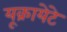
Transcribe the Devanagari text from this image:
यूक्रायेटे